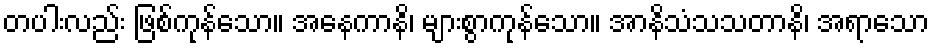
တပါးလည်း ဖြစ်ကုန်သော။ အနေကာနိ၊ များစွာကုန်သော။ အာနိသံသသတာနိ၊ အရာသော